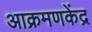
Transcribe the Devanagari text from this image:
आक्रमणकेंद्र